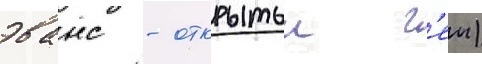
эванс - открытыи г'еи)